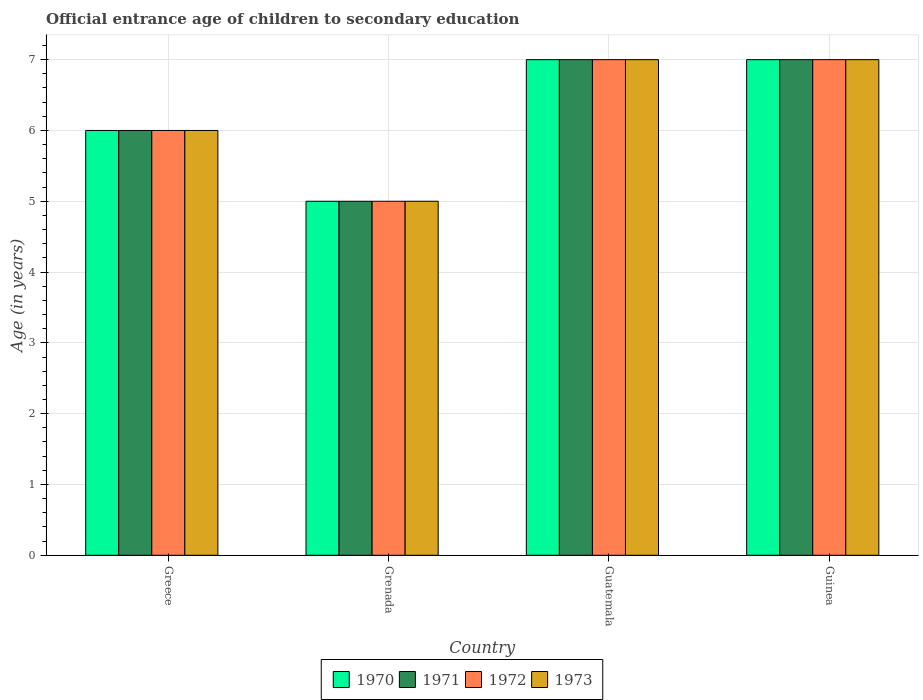
| Country | 1970 | 1971 | 1972 | 1973 |
 | --- | --- | --- | --- | --- |
 | Greece | 6 | 6 | 6 | 6 |
 | Grenada | 5 | 5 | 5 | 5 |
 | Guatemala | 7 | 7 | 7 | 7 |
 | Guinea | 7 | 7 | 7 | 7 |